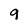
Character: 9